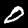
Label: 0